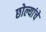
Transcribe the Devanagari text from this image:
छोल्यांचे